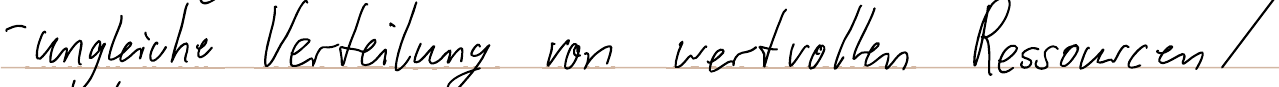
- ungleiche Verteilung von wertvollen Ressourcen /